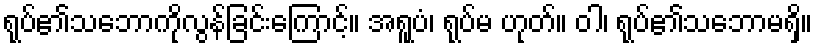
ရုပ်၏သဘောကိုလွန်ခြင်းကြောင့်။ အရူပံ၊ ရုပ်မ ဟုတ်။ ဝါ၊ ရုပ်၏သဘောမရှိ။